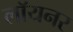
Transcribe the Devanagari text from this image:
लॉयनर